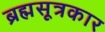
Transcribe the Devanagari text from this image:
ब्रह्मसूत्रकार